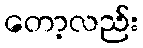
တော့လည်း